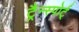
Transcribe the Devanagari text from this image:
ट्रैन्स्पोर्ट्